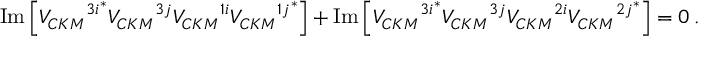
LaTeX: \mathrm { I m } \left[ { { V _ { C K M } } ^ { 3 i } } ^ { \ast } { V _ { C K M } } ^ { 3 j } { V _ { C K M } } ^ { 1 i } { { V _ { C K M } } ^ { 1 j } } ^ { \ast } \right] + \mathrm { I m } \left[ { { V _ { C K M } } ^ { 3 i } } ^ { \ast } { V _ { C K M } } ^ { 3 j } { V _ { C K M } } ^ { 2 i } { { V _ { C K M } } ^ { 2 j } } ^ { \ast } \right] = 0 \: .